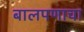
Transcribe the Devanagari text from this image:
बालपणाचा